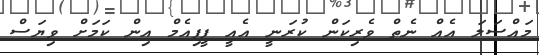
މައްސަލަ އެއް ނެތް ވެރިކަން ކުރަނީ އެއީ ޕީޕިއެމް އިން ކަމަށް ވިޔަސް